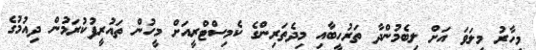
މިހާރު މިލަވަ އަށް ލިބެމުންދާ ތަރުހީބާއި މިދެތަރިންގެ ކެމިސްޓްރީއަށް މީހުން ތައުރީފުކުރަމުން ދިއުމުގެ